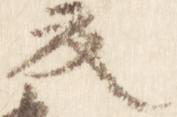
夏